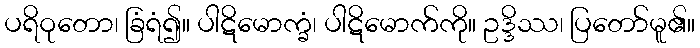
ပရိဝုတော၊ ခြံရံ၍။ ပါဋိမောက္ခံ၊ ပါဋိမောက်ကို။ ဥဒ္ဒိဿ၊ ပြတော်မူ၏။